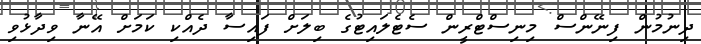
ދިނުމުން ފިނޭންސް މިނިސްޓްރީން ސެޓެލައިޓުގެ ބިލަށް ފައިސާ ދެއްކި ކަމަށް އޭނާ ވިދާޅުވި